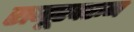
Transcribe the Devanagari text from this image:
राजूरवरून